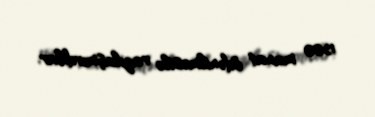
1500 manat ödənilməsilə razılaşmırdılar.